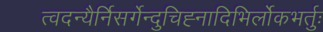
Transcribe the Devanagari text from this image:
त्वदन्यैर्निसर्गेन्दुचिह्नादिभिर्लोकभर्तुः